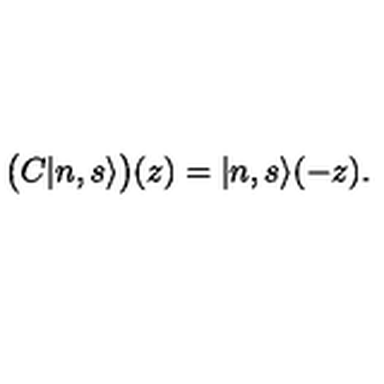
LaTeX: \bigl ( C | n , s \rangle \bigr ) ( z ) = | n , s \rangle ( - z ) .